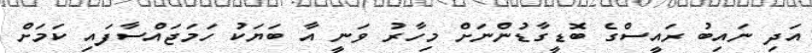
އަދި ނައިބު ރައީސްގެ ބޮޑީގާޑުންނަށް މިހާރު ވަނީ އާ ބަޔަކު ހަމަޖައްސާފައި ކަމަށް